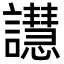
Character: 譿